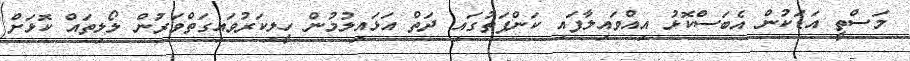
މަސްތީ އަޑަކުން އެބަސްކޮޅު އިއްވައިލާފައި ކަންފަތުގައި ދަތް އަޅައިލުމުން ހީލިކަރުވައިގަތްވަރުން ލޯލިތައް ކޮޅަށް